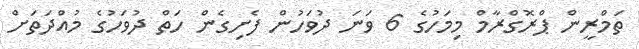
ތަމްރީން ޕްރޮގްރާމް މިމަހުގެ 6 ވަނަ ދުވަހުން ފެށިގެން ހަތް ދުވަހުގެ މުއްދަތަށް